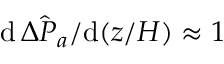
\mathrm { d } \, \hat { \Delta P _ { a } } / \mathrm { d } ( z / H ) \approx 1